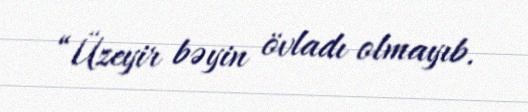
“Üzeyir bəyin övladı olmayıb.